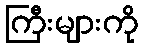
ကြီးများကို